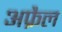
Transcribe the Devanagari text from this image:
अफ्रैल